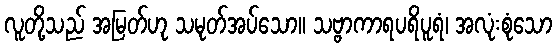
လူတို့သည် အမြတ်ဟု သမုတ်အပ်သော။ သဗ္ဗာကာရပရိပူရံ၊ အလုံးစုံသော